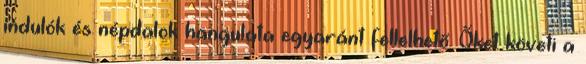
indulók és népdalok hangulata egyaránt fellelhető. Őket követi a